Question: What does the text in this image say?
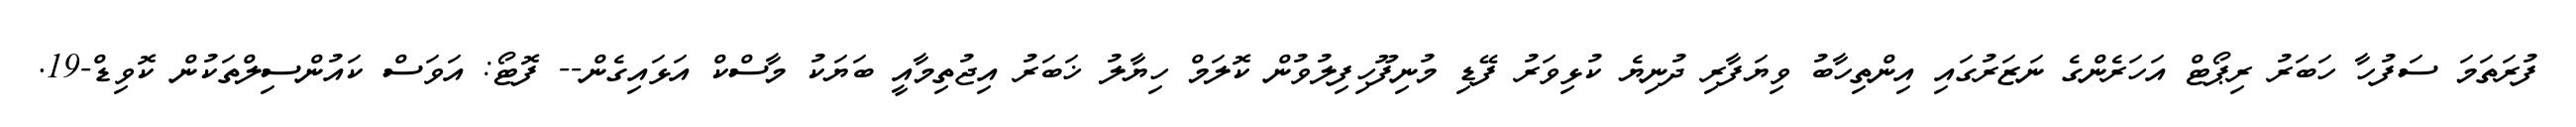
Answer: ފުރަތަމަ ސަފުހާ ހަބަރު ރިޕޯޓް އަހަރެންގެ ނަޒަރުގައި އިންތިހާބު ވިޔަފާރި ދުނިޔެ ކުޅިވަރު ފޭޑި މުނިފޫހިފިލުވުން ކޮލަމް ހިޔާލު ޚަބަރު އިޖުތިމާއީ ބަޔަކު މާސްކް އަޅައިގެން-- ފޮޓޯ: އަވަސް ކައުންސިލްތަކުން ކޮވިޑް-19.